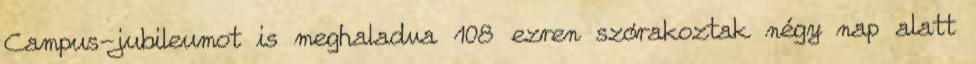
Campus-jubileumot is meghaladva 108 ezren szórakoztak négy nap alatt